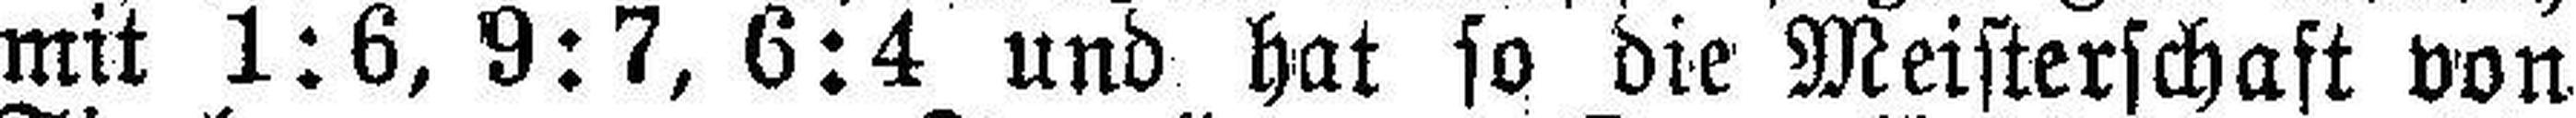
mit 1:6, 9:7, 6:4 und hat so die Meisterschaft von